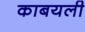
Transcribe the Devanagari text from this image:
काबयली